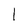
Character: l